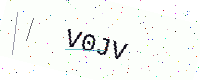
Text: V0JV